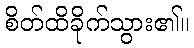
စိတ်ထိခိုက်သွား၏။